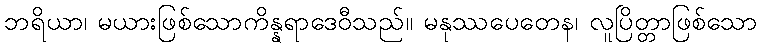
ဘရိယာ၊ မယားဖြစ်သောကိန္နရာဒေဝီသည်။ မနုဿပေတေန၊ လူပြိတ္တာဖြစ်သော